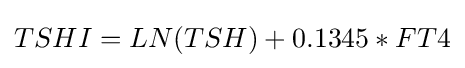
TSHI=LN(TSH)+0.1345*FT4